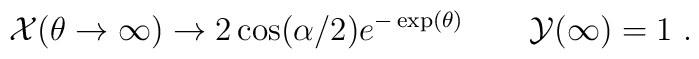
{\cal X}(\theta\to\infty)\to 2\cos(\alpha/2) e^{-\exp(\theta)}\qquad {\cal Y}(\infty)= 1\ .